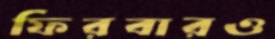
ফিরবারও